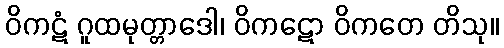
ဝိကဋံ ဂူထမုတ္တာဒေါ၊ ဝိကဋော ဝိကတေ တိသု။